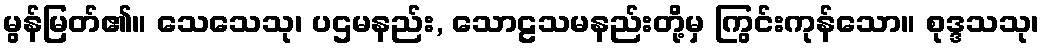
မွန်မြတ်၏။ သေသေသု၊ ပဌမနည်း, သောဠသမနည်းတို့မှ ကြွင်းကုန်သော။ စုဒ္ဒသသု၊